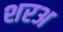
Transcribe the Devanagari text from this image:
शरअ